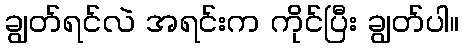
ချွတ်ရင်လဲ အရင်းက ကိုင်ပြီး ချွတ်ပါ။